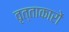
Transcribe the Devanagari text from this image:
वृत्ताकारों